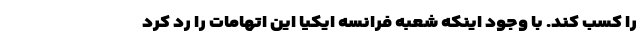
را کسب کند. با وجود اینکه شعبه فرانسه ایکیا این اتهامات را رد کرد